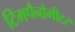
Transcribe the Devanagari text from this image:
टिमपैनोमीटर